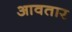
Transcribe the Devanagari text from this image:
आवतार